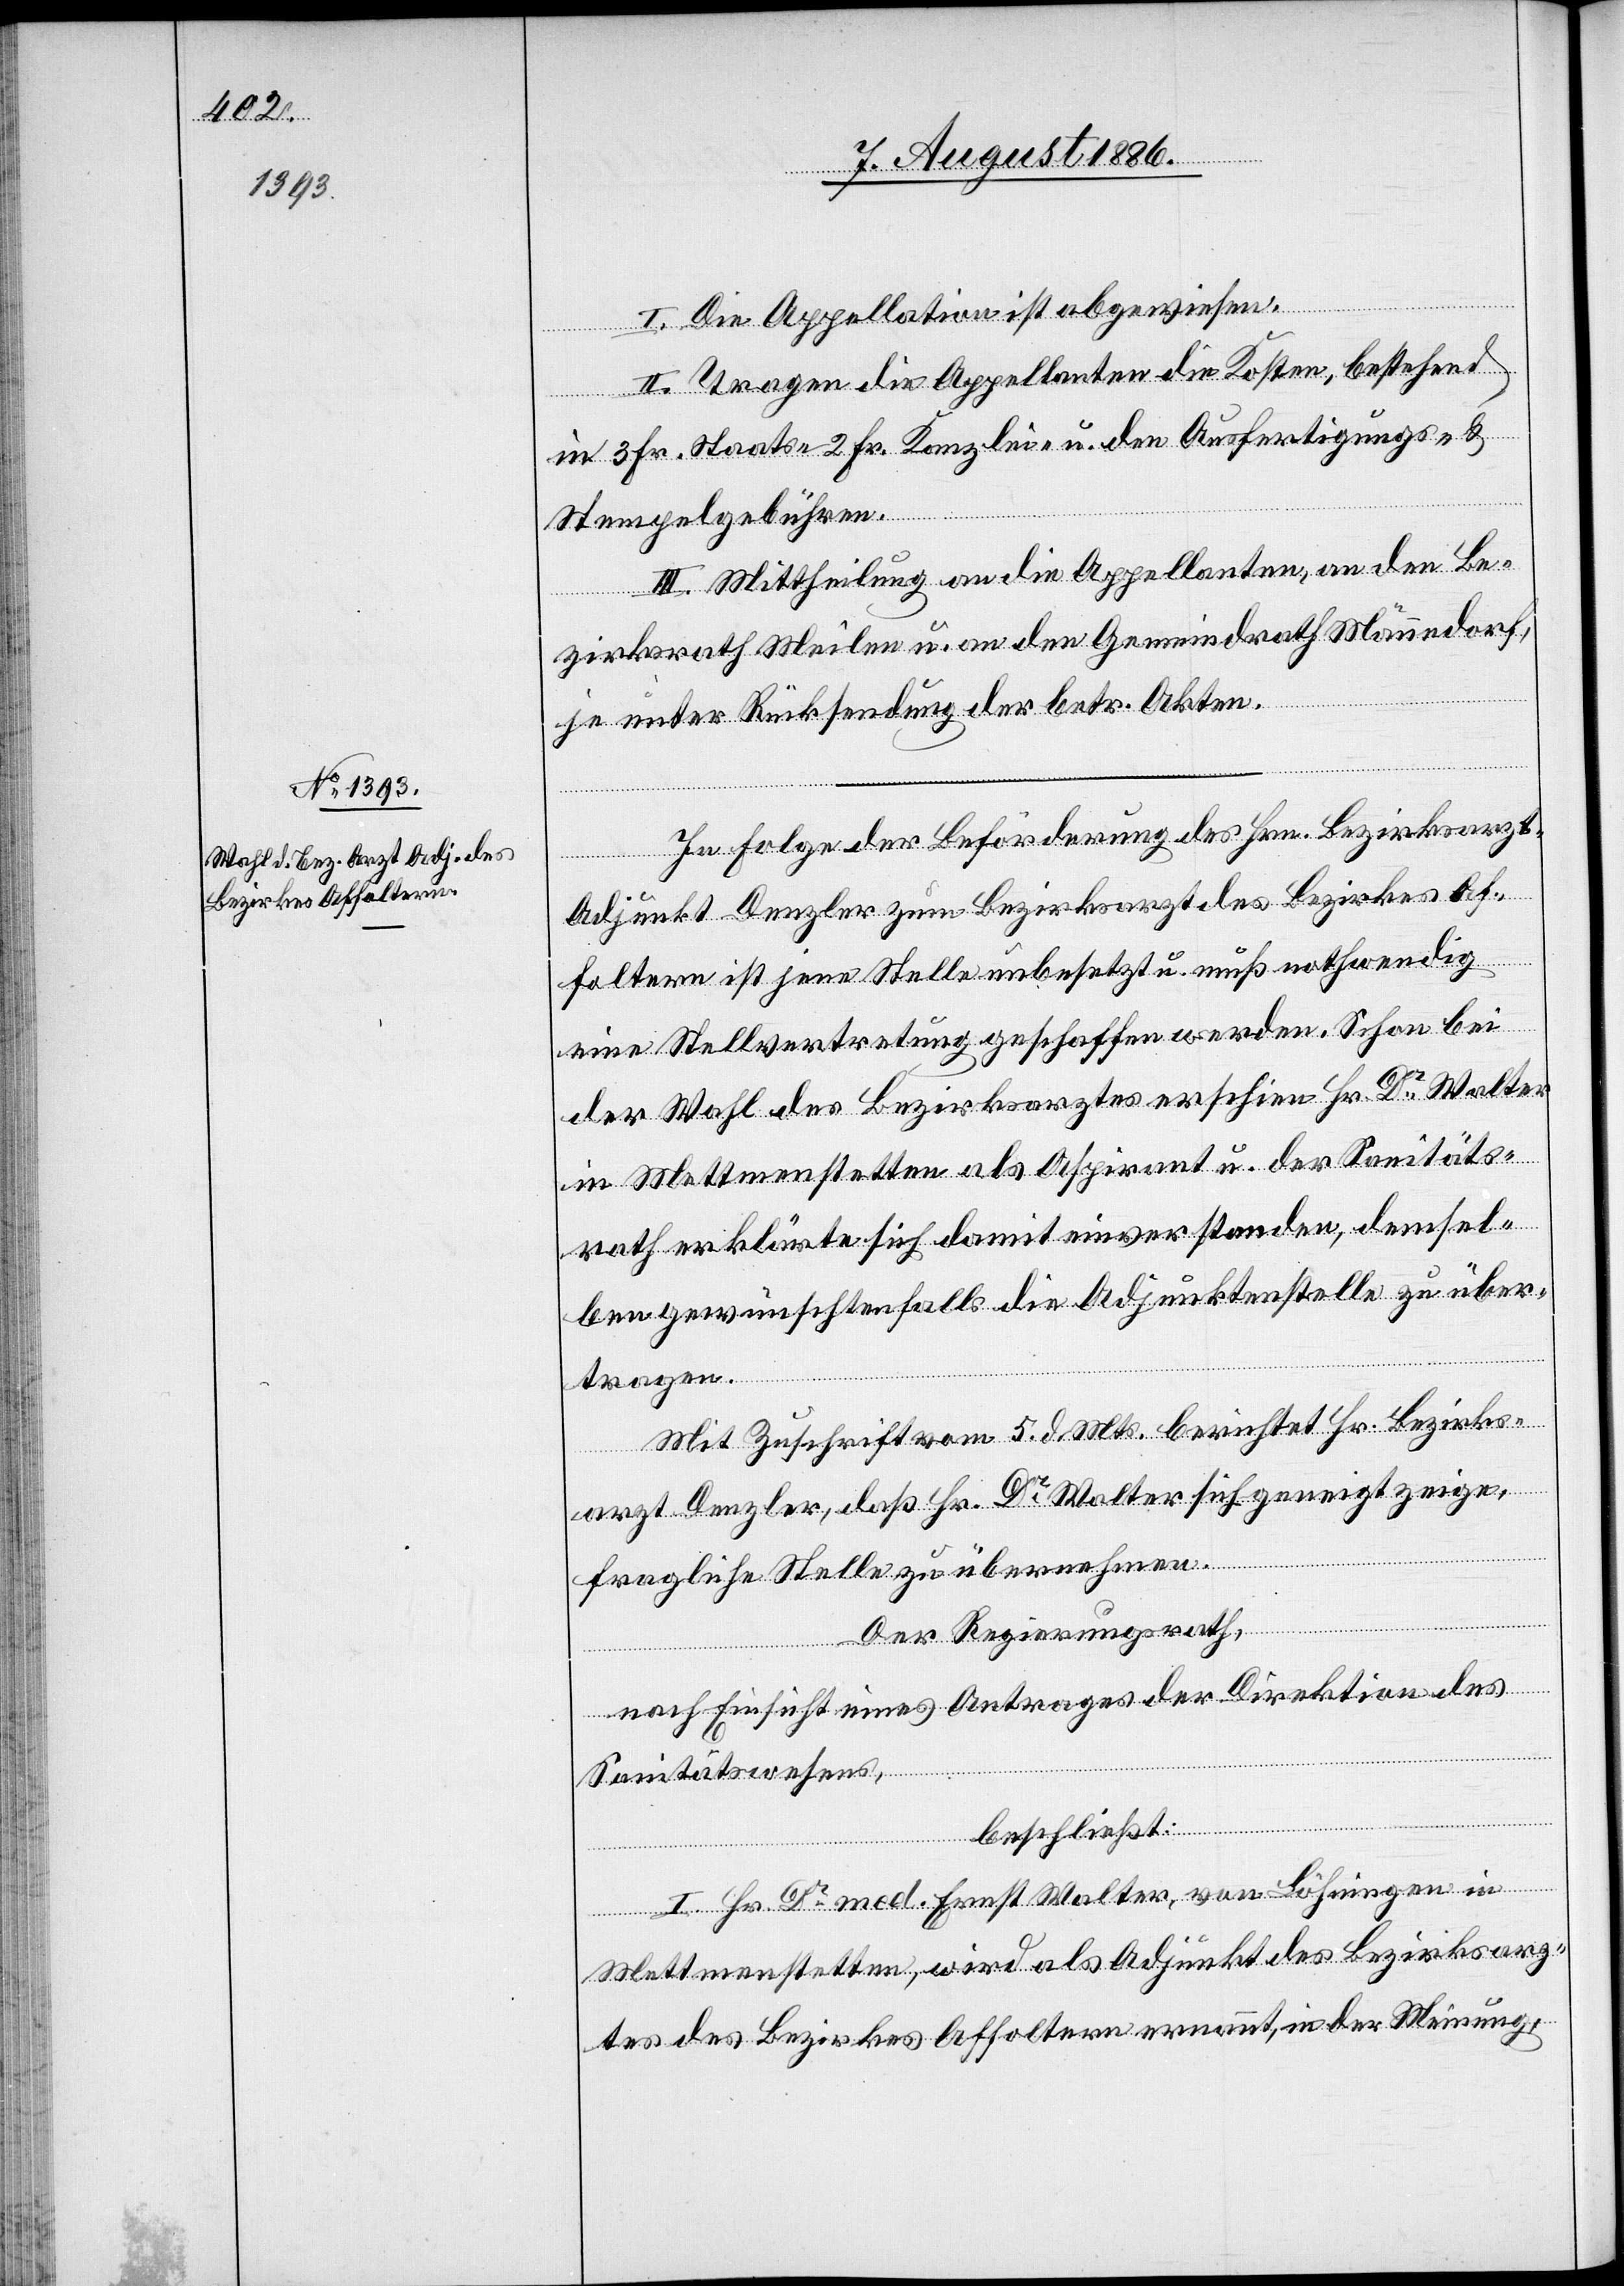
I. Die Appellation ist abgewiesen.
II. Tragen die Appellanten die Kosten, bestehend
in 3 Fr. Staats-, 2 Fr. Kanzlei- u. den Ausfertigungs- &
Stempelgebühren.
III. Mittheilung an die Appellanten, an den Be¬
zirksrath Meilen u. an den Gemeindrath Männedorf,
je unter Rücksendung der betr. Akten.
In Folge der Beförderung des Hrn. Bezirksarz¬
t-Adjunkt Denzler zum Bezirksarzt des Bezirkes Af¬
foltern ist jene Stelle unbesetzt u. muß nothwendig
eine Stellvertretung geschaffen werden. Schon bei
der Wahl des Bezirksarztes erschien Hr. Dr Walter
in Mettmenstetten als Aspirant u. der Sanitäts¬
rath erklärte sich damit einverstanden, demsel¬
ben gewünschtenfalls die Adjunktenstelle zu über¬
tragen.
Mit Zuschrift vom 5. d. Mts. berichtet Hr. Bezirks¬
arzt Denzler, daß Hr. Dr Walter sich geneigt zeige,
fragliche Stelle zu übernehmen.
Der Regierungsrath,
nach Einsicht eines Antrages der Direktion des
Sanitätswesens,
beschließt:
I. Hr. Dr med. Ernst Walter, von Löhningen in
Mettmenstetten, wird als Adjunkt des Bezirksarz¬
tes des Bezirkes Affoltern ernannt, in der Meinung,